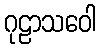
ဂုဠာသဝေါ